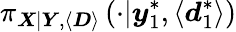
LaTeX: \pi_{\boldsymbol{X}|\boldsymbol{Y},\langle\boldsymbol{D}\rangle}\left(\cdot|\boldsymbol{y}_{1}^{*},\langle\boldsymbol{d}_{1}^{*}\rangle\right)